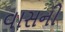
વાસની